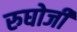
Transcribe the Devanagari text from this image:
रुघोजी